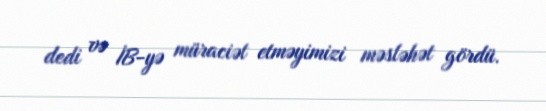
dedi və İB-yə müraciət etməyimizi məsləhət gördü.